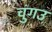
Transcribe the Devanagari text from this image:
चुंगउ